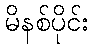
မိနစ်ပိုင်း